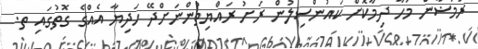
ރަމަޟާން މަހާ ދިމާކޮށް ކައުންސިލުން ރަށު ރައްޔިތުންނަށްދޭ ހަދިޔާ އެއްގެ ގޮތުގައި ތ.